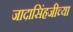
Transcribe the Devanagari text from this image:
जादासिंहजीच्या